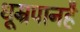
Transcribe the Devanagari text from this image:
धूम्रपानहै